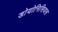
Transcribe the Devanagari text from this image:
डोयोनिसियस